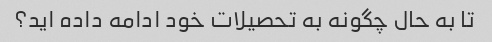
تا به حال چگونه به تحصیلات خود ادامه داده اید؟